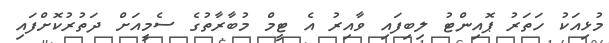
މުޅިއަކު ހަތަރު ޕޮއިންޓު ލިބިފައި ވާއިރު އެ ޓީމް މުބާރާތުގެ ސެމީއަށް ދަތުރުކޮށްފައި